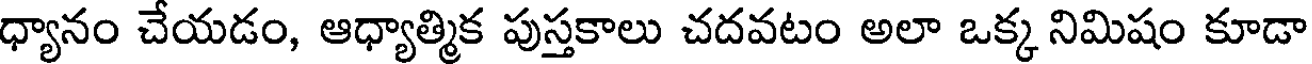
ధ్యానం చేయడం, ఆధ్యాత్మిక పుస్తకాలు చదవటం అలా ఒక్క నిమిషం కూడా